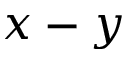
x - y